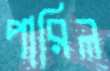
পারিল